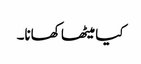
کیا میٹھا کھانا۔